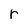
Character: r